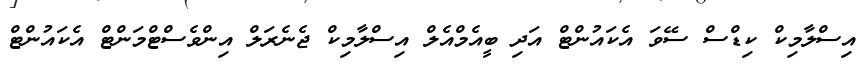
އިސްލާމިކް ކިޑްސް ސޭވަ އެކައުންޓް އަދި ބީއެމްއެލް އިސްލާމިކް ޖެނެރަލް އިންވެސްޓްމަންޓް އެކައުންޓް